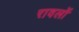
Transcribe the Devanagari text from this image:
रावलों